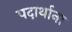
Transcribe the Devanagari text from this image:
पदार्थाना